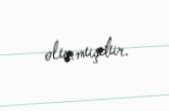
olunmuşdur.